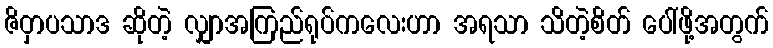
ဇိဝှာပသာဒ ဆိုတဲ့ လျှာအကြည်ရုပ်ကလေးဟာ အရသာ သိတဲ့စိတ် ပေါ်ဖို့အတွက်